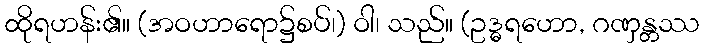
ထိုရဟန်း၏။ (အဝဟာရော၌စပ်၊) ဝါ၊ သည်။ (ဥဒ္ဓရဟော, ဂဏှန္တဿ